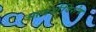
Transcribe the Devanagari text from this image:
आदर्शविशेष